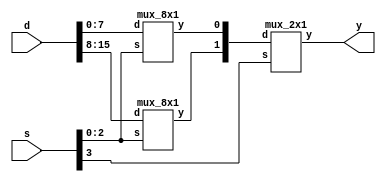
module mux_16x1(y, s, d);
    output y;
    input [3:0] s;
    input [15:0] d;

    mux_8x1 m1(mux0_out, s[2:0], d[7:0]);
    mux_8x1 m2(mux1_out, s[2:0], d[15:8]);

    mux_2x1 m3(y, s[3], {mux1_out, mux0_out});

endmodule
module mux_2x1 (y, s, d);
    output y;
    input s;
    input [1:0] d;

    wire not_s, d0_out, d1_out;
    not (not_s, s);
    nand (d0_out, not_s, d[0]);
    nand (d1_out, s, d[1]);
    nand (y, d0_out, d1_out);

endmodule

module mux_8x1 (y, s, d);
    output y;
    input [2:0] s;
    input [7:0] d;

    wire not_s0, not_s1, not_s2, d0_out, d1_out, d2_out, d3_out, d4_out, d5_out, d6_out, d7_out;
    not (not_s0, s[0]);
    not (not_s1, s[1]);
    not (not_s2, s[2]);
    nand (d0_out, not_s2, not_s1, not_s0, d[0]);
    nand (d1_out, not_s2, not_s1, s[0], d[1]);
    nand (d2_out, not_s2, s[1], not_s0, d[2]);
    nand (d3_out, not_s2, s[1], s[0], d[3]);
    nand (d4_out, s[2], not_s1, not_s0, d[4]);
    nand (d5_out, s[2], not_s1, s[0], d[5]);
    nand (d6_out, s[2], s[1], not_s0, d[6]);
    nand (d7_out, s[2], s[1], s[0], d[7]);
        
    nand (y, d0_out, d1_out, d2_out, d3_out, d4_out, d5_out, d6_out, d7_out);

endmodule